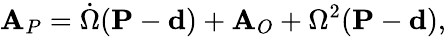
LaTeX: {\textbf{A}}_{P}={\dot{\Omega}}({\textbf{P}}-{\textbf{d}})+{\textbf{A}}_{O}+\Omega^{2}({\textbf{P}}-{\textbf{d}}),